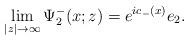
LaTeX: \begin{align*}\lim_{|z|\rightarrow\infty}\Psi^-_2(x;z)=e^{ic_-(x)}e_2.\end{align*}